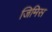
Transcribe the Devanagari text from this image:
जिमिस